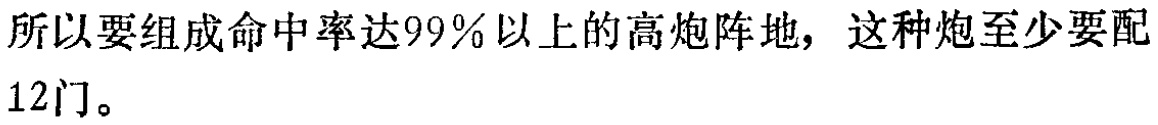
所以要组成命中率达$99\%$以上的高炮阵地，这种炮至少要配12门。